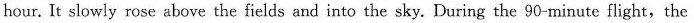
hour.It slowly rose above the fields and into the sky. During the 90-minute flight,the